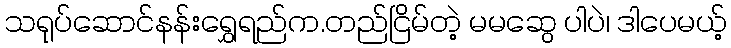
သရုပ်ဆောင်နန်းရွှေရည်က.တည်ငြိမ်တဲ့ မမဆွေ ပါပဲ၊ ဒါပေမယ့်